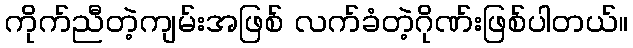
ကိုက်ညီတဲ့ကျမ်းအဖြစ် လက်ခံတဲ့ဂိုဏ်းဖြစ်ပါတယ်။